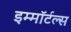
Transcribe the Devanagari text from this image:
इम्मॉर्टल्स